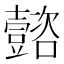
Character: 𡄻